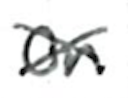
Text: on
Cross-out: mix
Writing tool: ballpoint